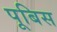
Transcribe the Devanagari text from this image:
पूबिस